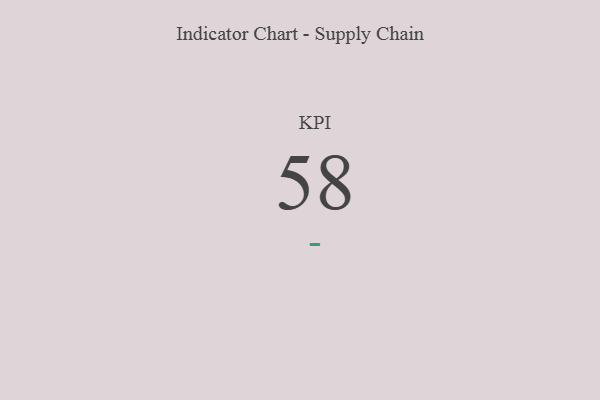
{"axis": {"x": "KPI", "y": "Value"}, "legend": [""], "data": [{"x": "KPI", "y": 58, "type": ""}]}